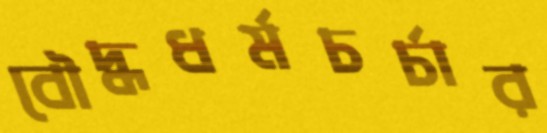
বৌদ্ধধর্মচর্চার